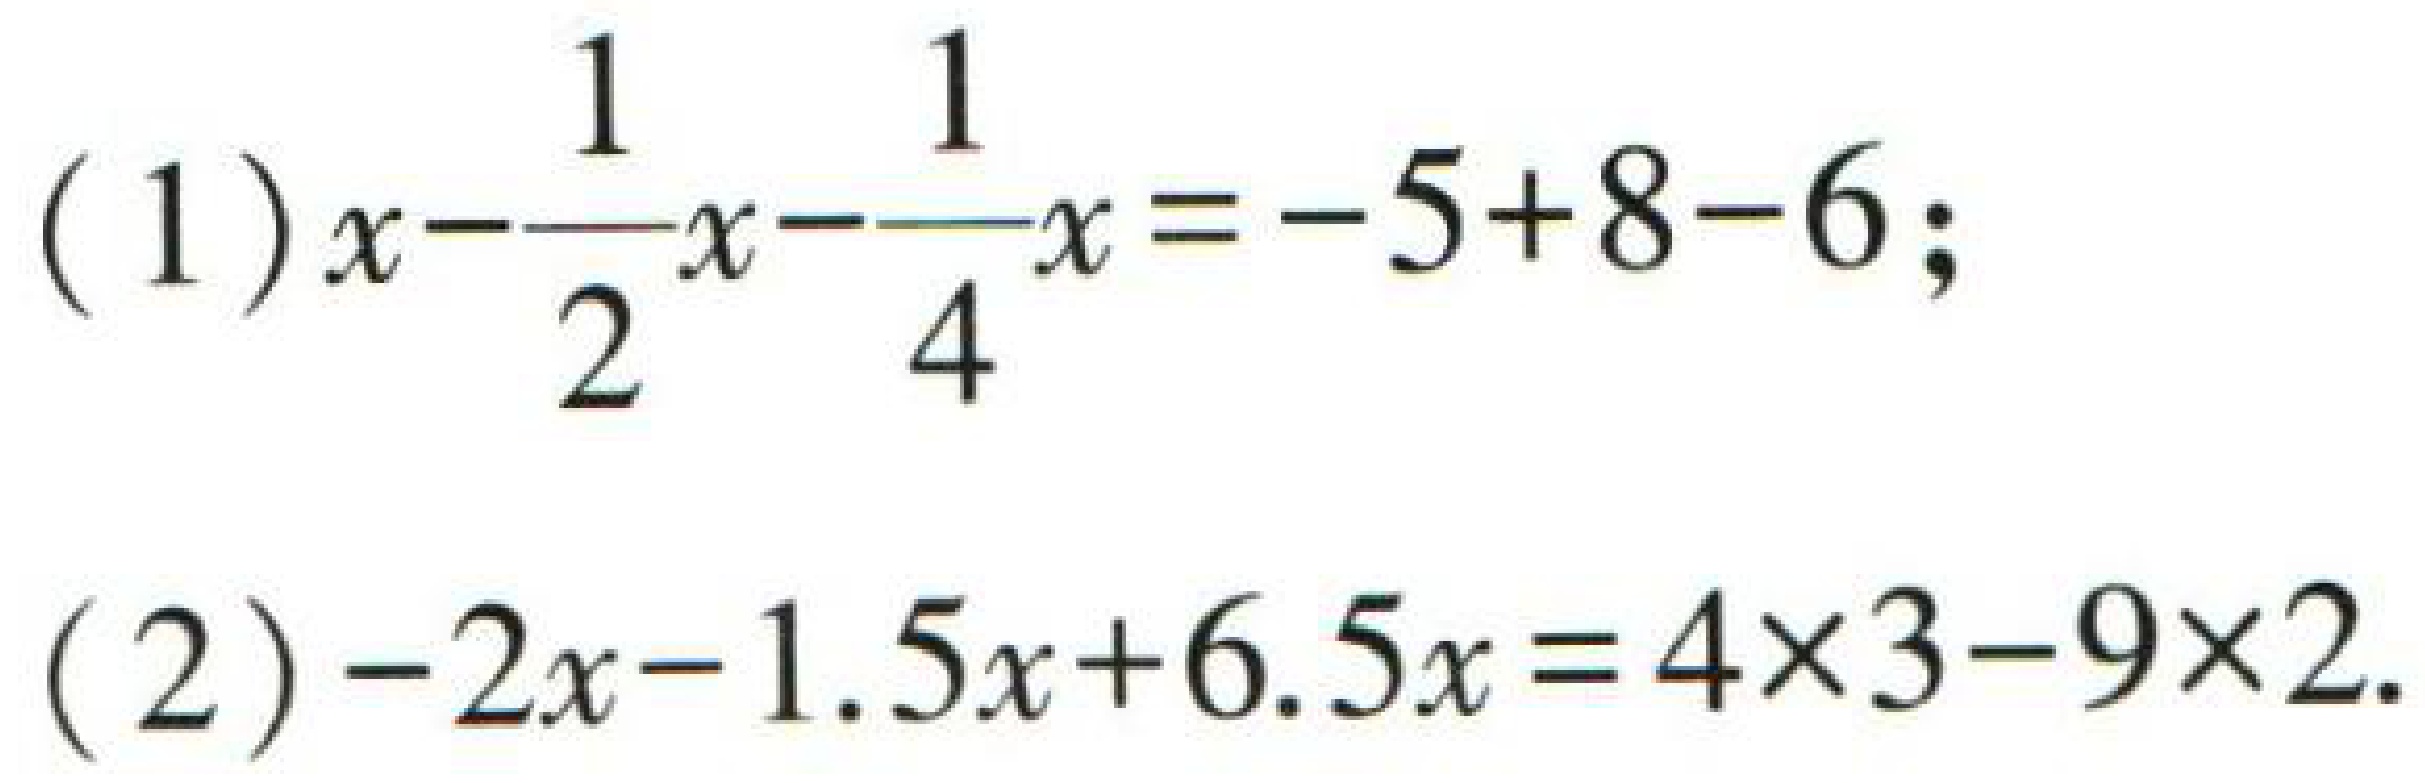
(1) \(x - \frac{1}{2}x-\frac{1}{4}x=-5 + 8 - 6\);

(2) \(-2x-1.5x + 6.5x=4\times3-9\times2\).